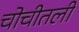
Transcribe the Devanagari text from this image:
चोचीतली